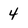
Character: 4